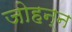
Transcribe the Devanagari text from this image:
जोहन्न